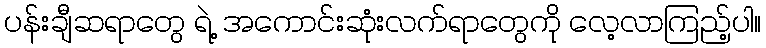
ပန်းချီဆရာတွေ ရဲ့ အကောင်းဆုံးလက်ရာတွေကို လေ့လာကြည့်ပါ။